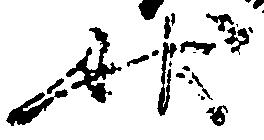
状